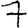
Digit: 7